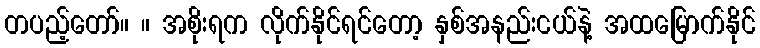
တပည့်တော်။ ။ အစိုးရက လိုက်နိုင်ရင်တော့ နှစ်အနည်းငယ်နဲ့ အထမြောက်နိုင်